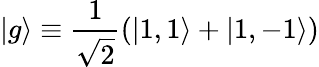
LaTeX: |g\rangle\equiv\frac{1}{\sqrt{2}}(|1,1\rangle+|1,-1\rangle)